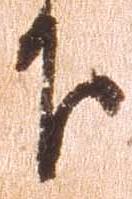
下